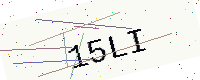
Text: 15LI